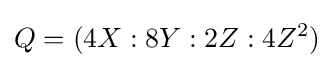
Q=(4X:8Y:2Z:4Z^{2})